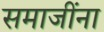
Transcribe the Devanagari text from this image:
समाजींना